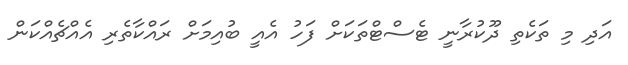
އަދި މި ތަކެތި ދޫކުރާނީ ޓެސްޓްތަކަށް ފަހު އެއީ ބުއިމަށް ރައްކާތެރި އެއްޗެއްކަން